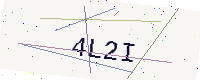
Text: 4L2I